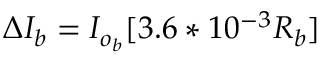
\Delta { I _ { b } } = I _ { o _ { b } } [ 3 . 6 * 1 0 ^ { - 3 } R _ { b } ]